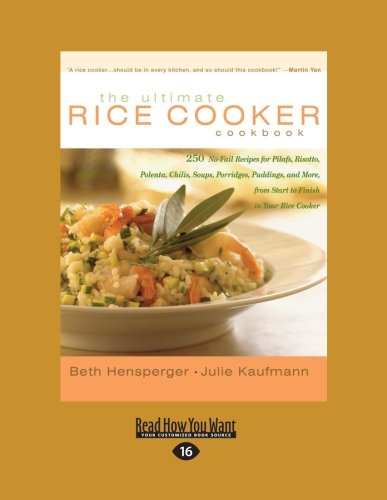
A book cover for The Ultimate Rice Cooker Cookbook: 250 No-Fail Recipes for Pilafs, Risotto, Polenta, Chilis, Soups, Porridges, Puddings, and More, from Start to Finish in Your Rice Cooker, Vol. 2; Beth Hensperger; Cookbooks, Food & Wine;